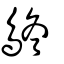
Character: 鴤